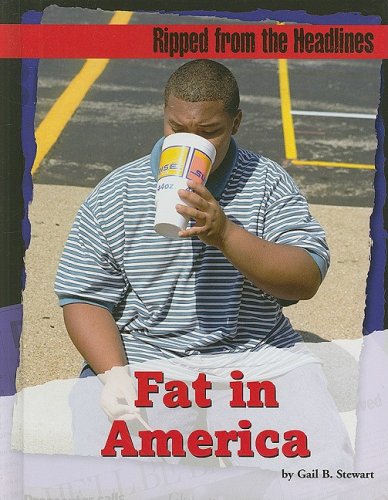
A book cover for Fat in America (Ripped from the Headlines); Gail Stewart; Health, Fitness & Dieting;